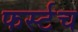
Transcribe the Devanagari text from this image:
फर्स्टच